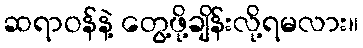
ဆရာဝန်နဲ့ တွေ့ဖို့ချိန်းလို့ရမလား။